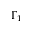
\Gamma _ { 1 }